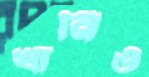
খানিও